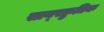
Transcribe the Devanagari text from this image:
सान्स्क्रुतिक